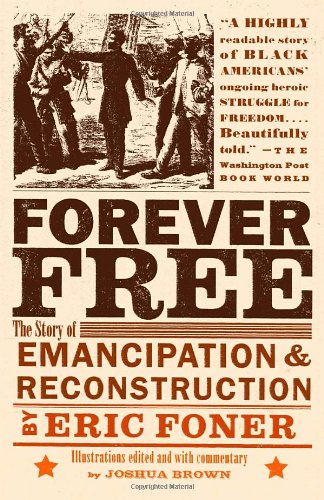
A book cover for Forever Free: The Story of Emancipation and Reconstruction; Eric Foner; History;